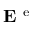
{ \bf E } ^ { \mathrm { ~ e ~ } }